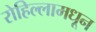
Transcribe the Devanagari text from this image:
रोहिल्लामधून